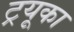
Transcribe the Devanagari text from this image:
ट्रयूका